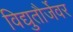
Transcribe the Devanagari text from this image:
विद्युतौर्जेवर